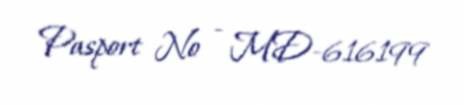
Pasport № - MD-616199